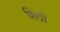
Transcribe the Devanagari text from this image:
शिंग्री